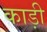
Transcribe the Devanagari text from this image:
काड़ी